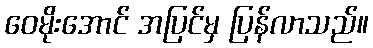
ဝေမိုးအောင် အပြင်မှ ပြန်လာသည်။